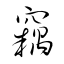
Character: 竊